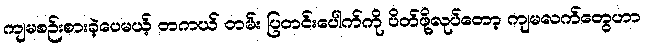
ကျမစဉ်းစားခဲ့ပေမယ့် တကယ် တမ်း ပြတင်းပေါက်ကို ပိတ်ဖို့လုပ်တော့ ကျမလက်တွေဟာ